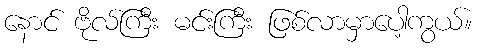
နောင် ဗိုလ်ကြီး မင်းကြီး ဖြစ်လာမှာပေါ့ကွယ်။